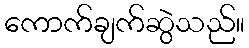
ကောက်ချက်ဆွဲသည်။